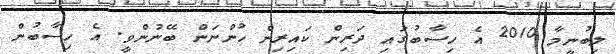
ލިބުނީމާ 2010 އެ ހިސާބުގައި ދަރިން ކައިރިން ހުންނަން ބޭނުންވީ. އެ ހިސާބުން